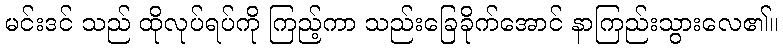
မင်းဒင် သည် ထိုလုပ်ရပ်ကို ကြည့်ကာ သည်းခြေခိုက်အောင် နာကြည်းသွားလေ၏။